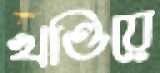
খণ্ডিয়ে